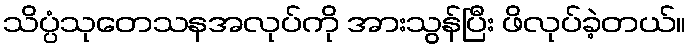
သိပ္ပံသုတေသနအလုပ်ကို အားသွန်ပြီး ဖိလုပ်ခဲ့တယ်။